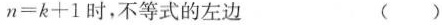
$$n = k + 1$$时，不等式的左边 （）